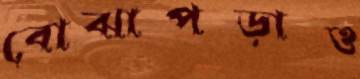
বোঝাপড়াও